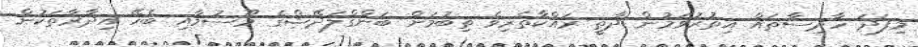
މިފަދަ ހާދިސާތައް އިތުރުވަމުން ދާތީ ރައްކާތެރިވެ ތިބުމަށް ބަންގްލަދޭޝްގެ މޫސުމާއި ބެހޭ އިދާރާތަކުން